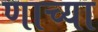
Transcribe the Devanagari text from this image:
णाच्या